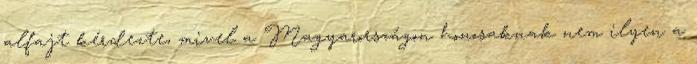
alfajt kérdezte, mivel a Magyarországon honosaknak nem ilyen a